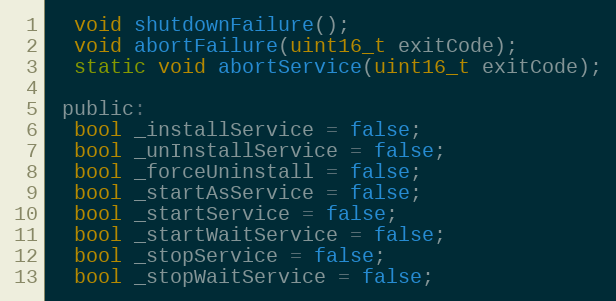
Language: C
  void shutdownFailure();
  void abortFailure(uint16_t exitCode);
  static void abortService(uint16_t exitCode);

 public:
  bool _installService = false;
  bool _unInstallService = false;
  bool _forceUninstall = false;
  bool _startAsService = false;
  bool _startService = false;
  bool _startWaitService = false;
  bool _stopService = false;
  bool _stopWaitService = false;